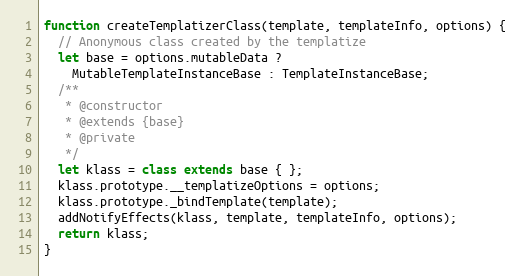
Language: JavaScript
function createTemplatizerClass(template, templateInfo, options) {
  // Anonymous class created by the templatize
  let base = options.mutableData ?
    MutableTemplateInstanceBase : TemplateInstanceBase;
  /**
   * @constructor
   * @extends {base}
   * @private
   */
  let klass = class extends base { };
  klass.prototype.__templatizeOptions = options;
  klass.prototype._bindTemplate(template);
  addNotifyEffects(klass, template, templateInfo, options);
  return klass;
}